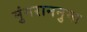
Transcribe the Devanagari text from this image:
मुंगराननुमा